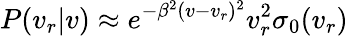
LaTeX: P(v_{r}|v)\approx e^{-\beta^{2}(v-v_{r})^{2}}v_{r}^{2}\sigma_{0}(v_{r})